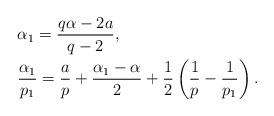
LaTeX: \begin{align*} &\alpha_1=\frac{q\alpha-2a}{q-2}, \\ &\frac{\alpha_1}{p_1}=\frac{a}{p}+\frac{\alpha_1-\alpha}{2}+\frac{1}{2}\left(\frac1{p}-\frac1{p_1}\right). \end{align*}